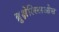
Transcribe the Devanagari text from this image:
ब्रुक्षेल्ल्लिओस